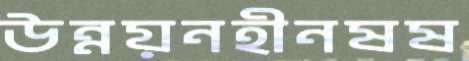
উন্নয়নহীনষষ